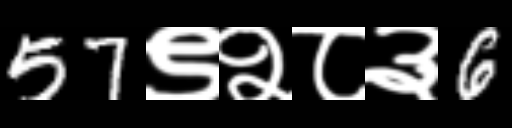
Text: 57९२८३6